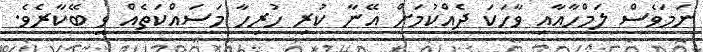
ނަމަވެސް ލަމްހާއާއި ވާހަކަ ދެއްކުމަށް އޭނާ ކުރި ހުރިހާ މަސައްކަތެއް ވީ ބޭކާރެވެ.